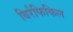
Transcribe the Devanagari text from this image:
बिर्रफिकिल